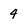
Character: 4